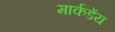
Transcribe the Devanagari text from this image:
मार्कडेंय